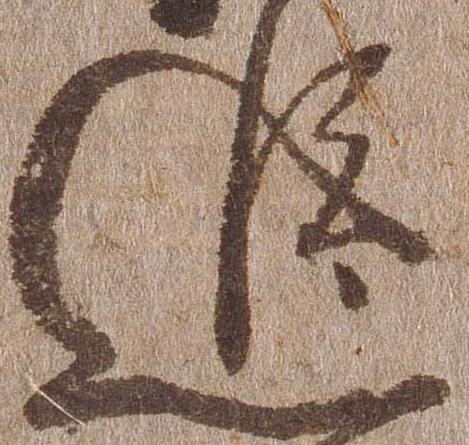
追